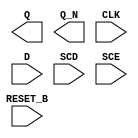
module sky130_fd_sc_ms__sdfrbp (
    Q      ,
    Q_N    ,
    CLK    ,
    D      ,
    SCD    ,
    SCE    ,
    RESET_B
);

    output Q      ;
    output Q_N    ;
    input  CLK    ;
    input  D      ;
    input  SCD    ;
    input  SCE    ;
    input  RESET_B;

    // Voltage supply signals
    supply1 VPWR;
    supply0 VGND;
    supply1 VPB ;
    supply0 VNB ;

endmodule